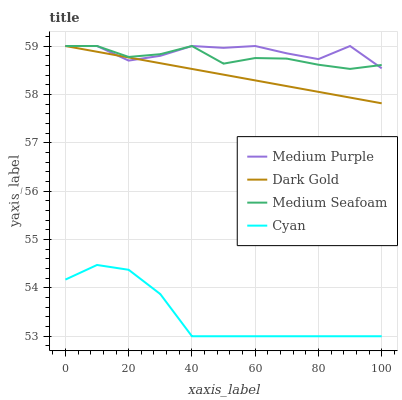
| xaxis_label | Medium Purple | Dark Gold | Medium Seafoam | Cyan |
 | --- | --- | --- | --- | --- |
 | 0 | 59 | 59 | 59 | 54.2 |
 | 10 | 59 | 58.9 | 59 | 54.5 |
 | 20 | 58.7 | 58.8 | 58.8 | 54.4 |
 | 30 | 58.8 | 58.6 | 58.8 | 53.9 |
 | 40 | 59 | 58.5 | 59 | 53 |
 | 50 | 59 | 58.4 | 58.6 | 53 |
 | 60 | 59 | 58.3 | 58.8 | 53 |
 | 70 | 58.8 | 58.2 | 58.7 | 53 |
 | 80 | 58.7 | 58.1 | 58.6 | 53 |
 | 90 | 59 | 57.9 | 58.5 | 53 |
 | 100 | 58.5 | 57.8 | 58.6 | 53 |